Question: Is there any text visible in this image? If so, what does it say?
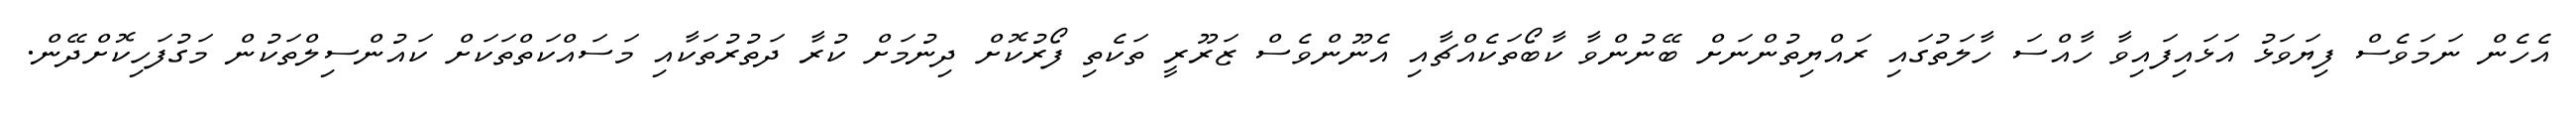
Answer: އެހެން ނަމަވެސް ފިޔަވަޅު އަޅައިފައިވާ ހާއްސަ ހާލަތުގައި ރައްޔިތުންނަށް ބޭނުންވާ ކާބޯތަކެއްޗާއި އެނޫންވެސް ޒަރޫރީ ތަކެތި ފޯރުކޮށް ދިނުމަށް ކުރާ ދަތުރުތަކާއި މަސައްކަތްތަކަށް ކައުންސިލްތަކުން މަގުފަހިކޮށްދޭން.